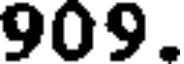
909.